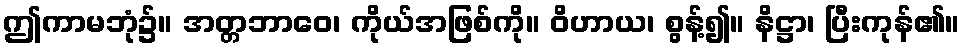
ဤကာမဘုံ၌။ အတ္တဘာဝေ၊ ကိုယ်အဖြစ်ကို။ ဝိဟာယ၊ စွန့်၍။ နိဋ္ဌာ၊ ပြီးကုန်၏။